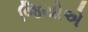
જિયોએ